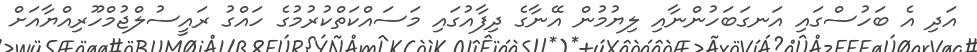
އަދި އެ ބަހުސްގައި އަނގަބަހުންނާއި ލިޔުމުން އޭނާގެ ދިފާއުގައި މަސައްކަތްކުރުމުގެ ހައްގު ރައީސުލްޖުމްހޫރިއްޔާއަށް